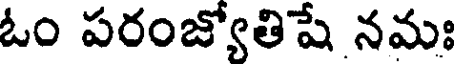
ఓం పరంజ్యోతిషే నమః